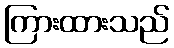
ကြားထားသည်